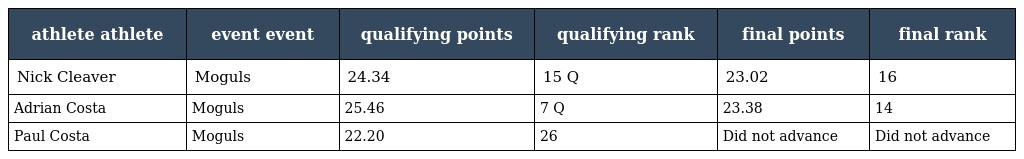
| athlete athlete | event event | qualifying points | qualifying rank | final points | final rank |
 | --- | --- | --- | --- | --- | --- |
 | Nick Cleaver | Moguls | 24.34 | 15 Q | 23.02 | 16 |
 | Adrian Costa | Moguls | 25.46 | 7 Q | 23.38 | 14 |
 | Paul Costa | Moguls | 22.20 | 26 | Did not advance | Did not advance |